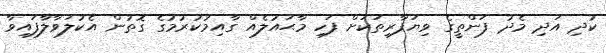
ކުދި އަދި މެދު ފަންތީގެ ވިޔަފާރިތަކަށް ފަހި މާޙައުލެއް ގާއިމުކުރުމުގެ ގޮތުން އެކުލަވާލާފައިވާ